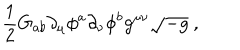
LaTeX: \frac { 1 } { 2 } G _ { a b } \partial _ { \mu } \phi ^ { a } \partial _ { \nu } \phi ^ { b } g ^ { \mu \nu } \sqrt { - g } \ ,